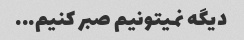
دیگه نمیتونیم صبر کنیم...